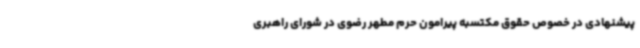
پیشنهادی در خصوص حقوق مکتسبه پیرامون حرم مطهر رضوی در شورای راهبری